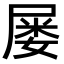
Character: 屡